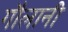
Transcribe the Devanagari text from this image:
गौलानी